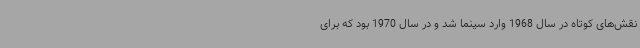
نقش‌های کوتاه در سال 1968 وارد سینما شد و در سال 1970 بود که برای